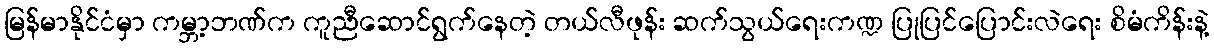
မြန်မာနိုင်ငံမှာ ကမ္ဘာ့ဘဏ်က ကူညီဆောင်ရွက်နေတဲ့ တယ်လီဖုန်း ဆက်သွယ်ရေးကဏ္ဍ ပြုပြင်ပြောင်းလဲရေး စိမံကိန်းနဲ့